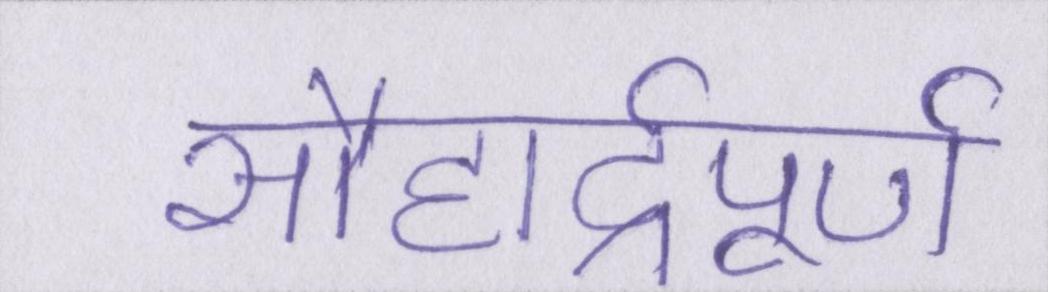
सौहार्द्रपूर्ण